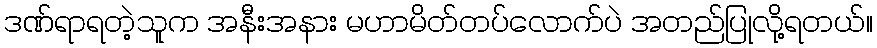
ဒဏ်ရာရတဲ့သူက အနီးအနား မဟာမိတ်တပ်လောက်ပဲ အတည်ပြုလို့ရတယ်။